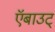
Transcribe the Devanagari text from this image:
ऍबाउट्